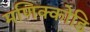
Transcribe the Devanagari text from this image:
मणिक्कोडि